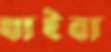
যাইবা